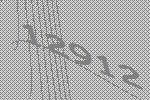
12912